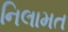
નિલામત